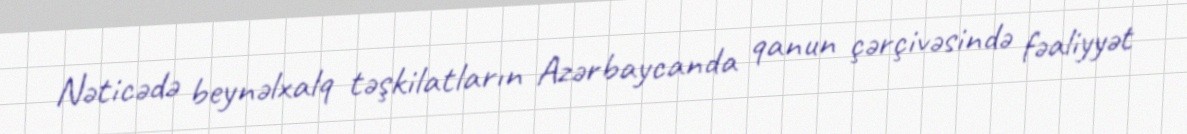
Nəticədə beynəlxalq təşkilatların Azərbaycanda qanun çərçivəsində fəaliyyət